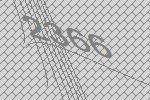
2366